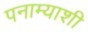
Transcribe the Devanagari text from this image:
पनाम्याशी